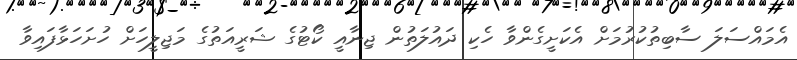
އެމައްސަލަ ސާބިތުކުރުމަށް އެކަށީގެންވާ ހެކި ދައުލަތުން ޖިނާއީ ކޯޓުގެ ޝަރީއަތުގެ މަޖިލީހަށް ހުށަހަޅާފައިވާ